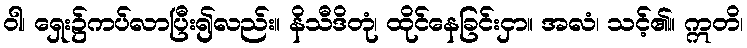
ဝါ၊ ရှေး၌ကပ်လာပြီး၍လည်း။ နိသီဒိတုံ၊ ထိုင်နေခြင်းငှာ။ အလံ၊ သင့်၏။ ဣတိ၊